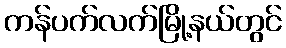
ကန်ပက်လက်မြို့နယ်တွင်